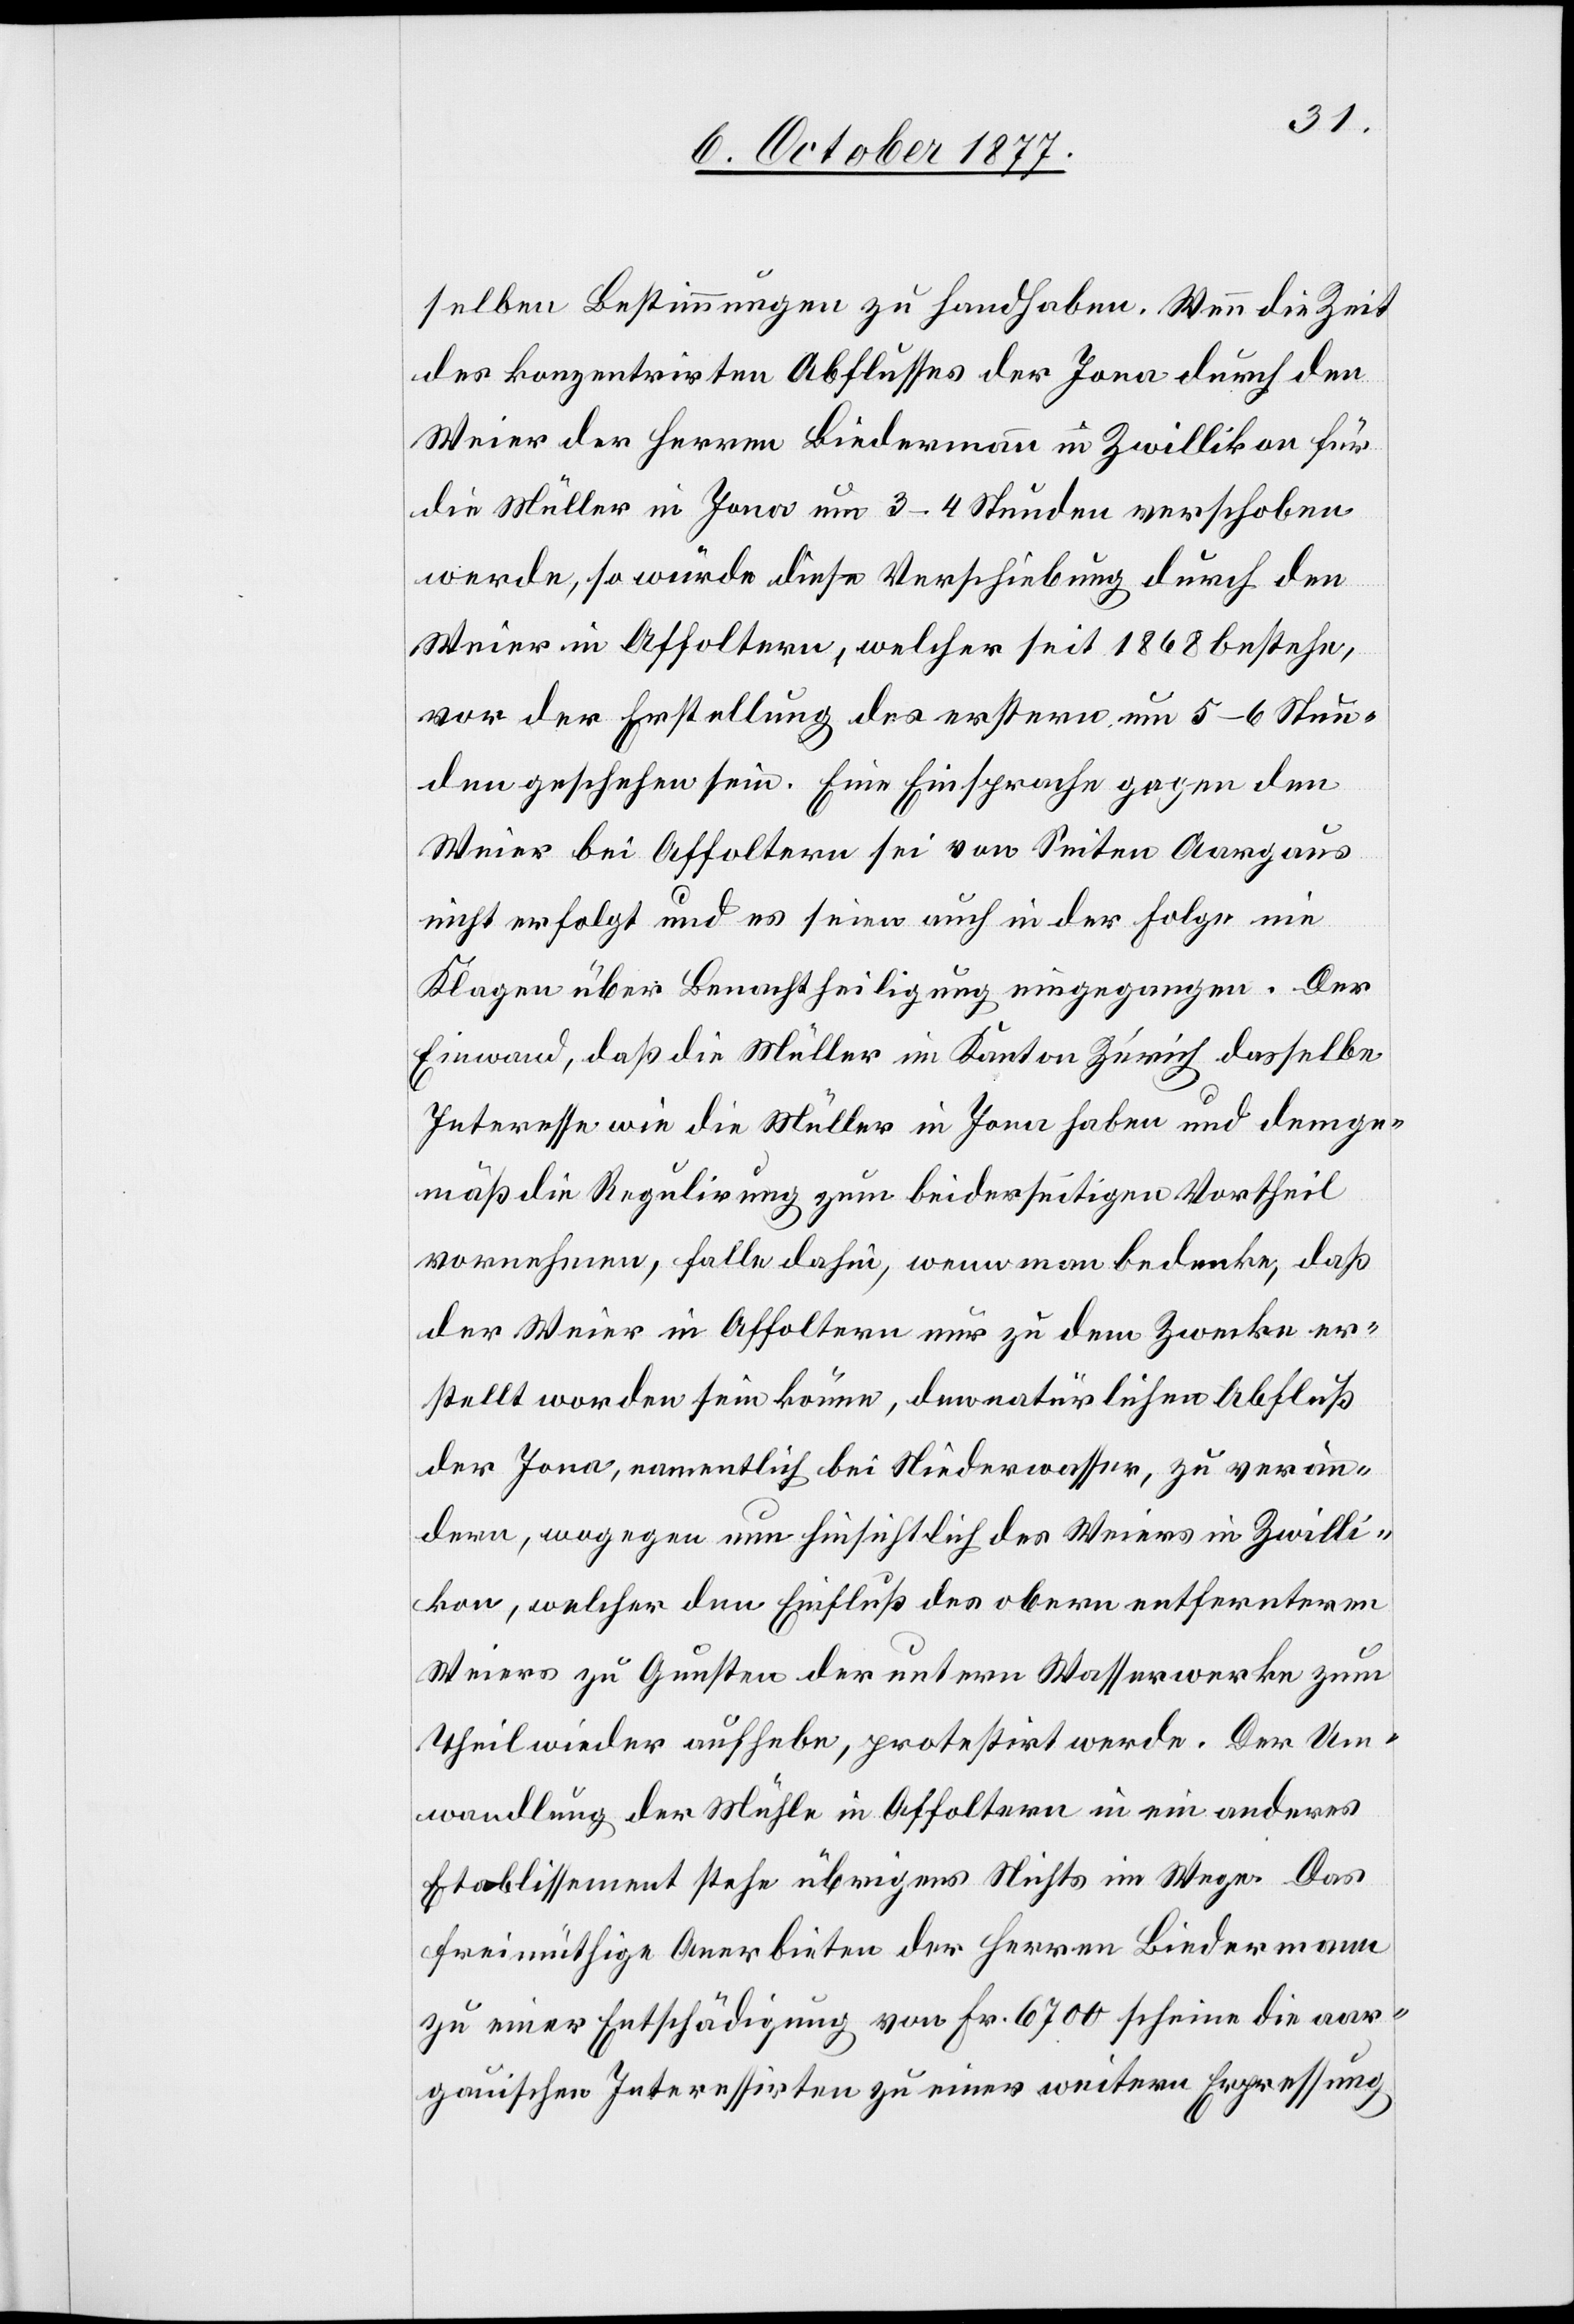
selben Bestimmungen zu handhaben. Wenn die Zeit
des konzentrirten Abflusses der Jona durch den
Weier der Herren Biedermann in Zwillikon für
die Müller in Jona um 3–4 Stunden verschoben
werde, so würde diese Verschiebung durch den
Weier in Affoltern, welcher seit 1868 bestehe,
vor der Erstellung des erstern um 5–6 Stun¬
den geschehen sein. Eine Einsprache gegen den
Weier bei Affoltern sei von Seiten Aargaus
nicht erfolgt und es seien auch in der Folge nie
Klagen über Benachtheiligung eingegangen. Der
Einwand, daß die Müller im Kanton Zürich dasselbe
Interesse wie die Müller in Jona haben und demge¬
mäß die Regulirung zum beiderseitigen Vortheil
vornehmen, falle dahin, wenn man bedenke, daß
der Weier in Affoltern nur zu dem Zwecke er¬
stellt worden sein könne, den natürlichen Abfluß
der Jona, namentlich bei Niederwasser, zu verän¬
dern, wogegen nun hinsichtlich des Weiers in Zwilli¬
kon, welcher den Einfluß des obern entfernteren
Weiers zu Gunsten der untern Wasserwerke zum
Theil wieder aufhebe, protestirt werde. Der Um¬
wandlung der Mühle in Affoltern in ein anderes
Etablissement stehe übrigens Nichts im Wege. Das
freimüthige Anerbieten der Herren Biedermann
zu einer Entschädigung von Fr. 6700 scheine die aar¬
gauischen Interessirten zu einer weitern Erpressung